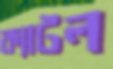
ক্যাটল